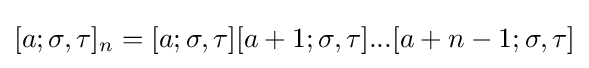
[a;\sigma ,\tau ]_{n}=[a;\sigma ,\tau ][a+1;\sigma ,\tau ]...[a+n-1;\sigma ,\tau ]